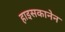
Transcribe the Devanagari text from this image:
हाइसकानेन